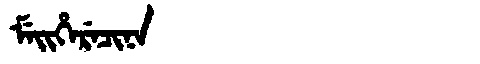
Manchu: ᠮᡝᡳᡥᡝᡵᡝᠴᡳᠨᠠ
Romanization: MEIHERECINA